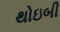
થોઇબી